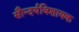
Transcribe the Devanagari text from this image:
सौन्दर्यविशायक